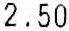
2.50